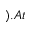
) . A t